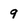
Character: 9